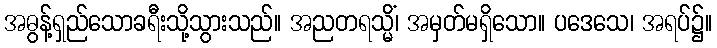
အဓွန့်ရှည်သောခရီးသို့သွားသည်။ အညတရသ္မိံ၊ အမှတ်မရှိသော။ ပဒေသေ၊ အရပ်၌။